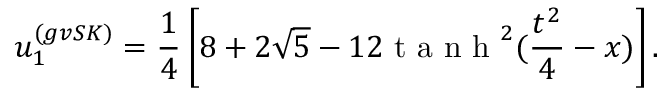
u _ { 1 } ^ { ( g v S K ) } = \frac { 1 } { 4 } \left[ 8 + 2 \sqrt { 5 } - 1 2 \mathrm { ~ t ~ a ~ n ~ h ~ } ^ { 2 } ( \frac { t ^ { 2 } } { 4 } - x ) \right] .